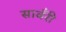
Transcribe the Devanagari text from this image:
सावँरी